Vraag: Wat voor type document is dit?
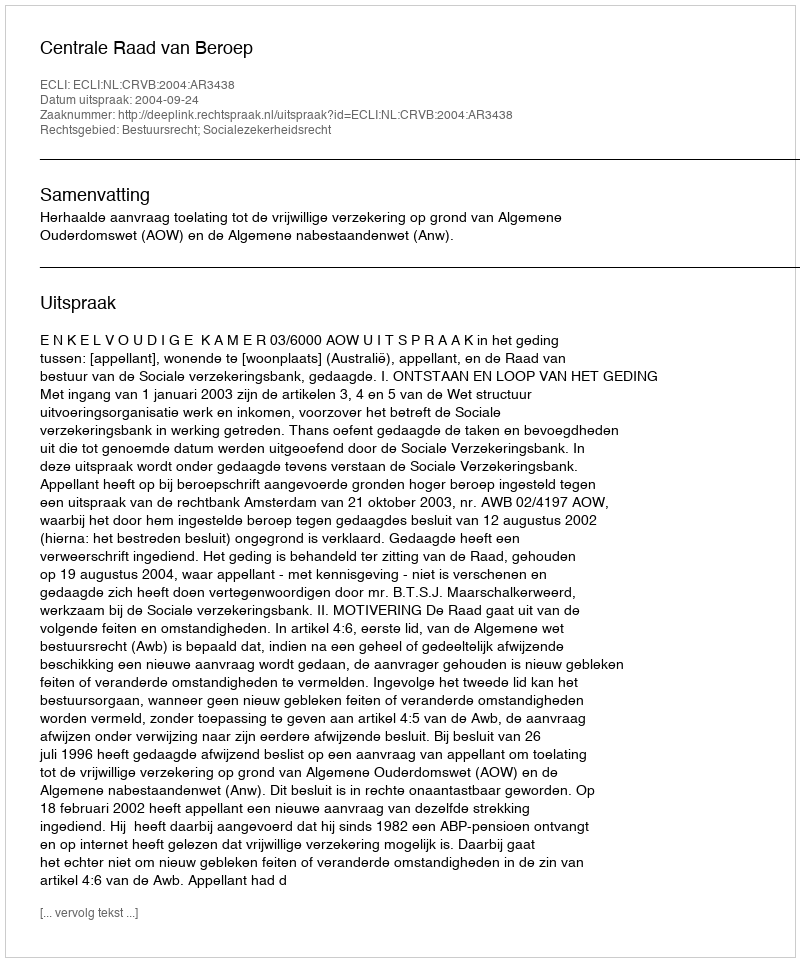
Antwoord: Uitspraak